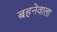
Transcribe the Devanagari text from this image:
बहनेवाला